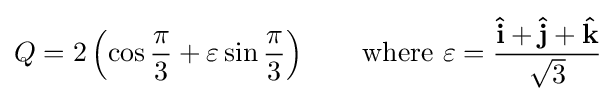
Q=2\left(\cos {\frac {\pi }{3}}+\varepsilon \sin {\frac {\pi }{3}}\right)\qquad {\mbox{where }}\varepsilon ={\frac {\mathbf {\hat {i}} +\mathbf {\hat {j}} +\mathbf {\hat {k}} }{\sqrt {3}}}